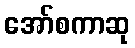
အော်စကာဆု